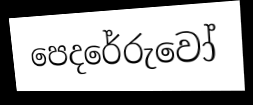
පෙදරේරුවෝ